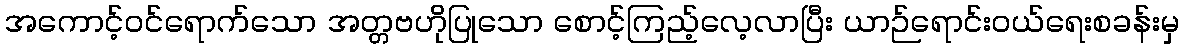
အကောင့်ဝင်ရောက်သော အတ္တဗဟိုပြုသော စောင့်ကြည့်လေ့လာပြီး ယာဉ်ရောင်းဝယ်ရေးစခန်းမှ